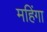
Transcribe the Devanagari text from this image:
महिंगा